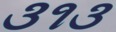
૩૧૩